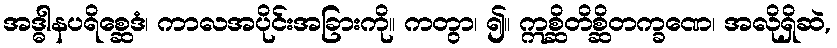
အဒ္ဓါနပရိစ္ဆေဒံ၊ ကာလအပိုင်းအခြားကို။ ကတွာ၊ ၍။ ဣစ္ဆိတိစ္ဆိတက္ခဏေ၊ အလိုရှိဆဲ,